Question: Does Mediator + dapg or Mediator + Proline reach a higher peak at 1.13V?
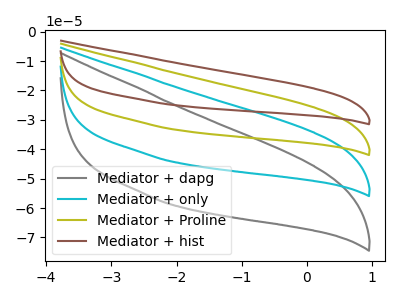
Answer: <think>The gray curve "Mediator + dapg" has no peaks. The cyan curve "Mediator + only" has no peaks. The olive curve "Mediator + Proline" has no peaks. The brown curve "Mediator + hist" has no peaks.</think>
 <answer>"Mediator + dapg" and "Mediator + Proline" dont share a peak at 1.13V.</answer>
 <eval>mismatch</eval>